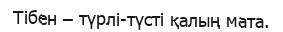
Тібен – түрлі-түсті қалың мата.